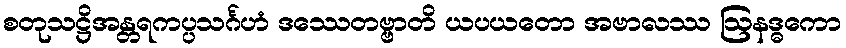
စတုသဋ္ဌိအန္တရကပ္ပသင်္ဂဟံ ဒဿေတဗ္ဗာတိ ယပယတော အဗာလဿ ဩနဒ္ဓကော